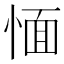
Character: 愐